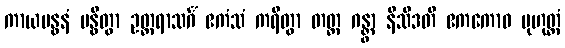
ကာယဗန္ဓနံ ဗန္ဓိတွာ ဥတ္တရာသင်္ဂံ ဧကံသံ ကရိတွာ တတ္ထ ဂန္တွာ နိသီဒတိ ဧကကောဝ မုဟုတ္တံ